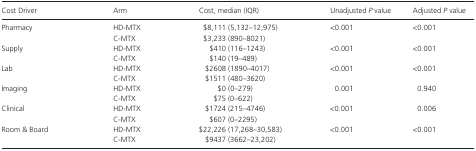
| Cost Driver | Arm | Cost, median (IQR) | Unadjusted P value | Adjusted P value |
 | --- | --- | --- | --- | --- |
 | <ROWSPAN=2> Pharmacy | HD‐MTX | $8,111 (5,132–12,975) | <ROWSPAN=2> <0.001 | <ROWSPAN=2> <0.001 |
 | C‐MTX | $3,233 (890–8021) |
 | <ROWSPAN=2> Supply | HD‐MTX | $410 (116–1243) | <ROWSPAN=2> <0.001 | <ROWSPAN=2> <0.001 |
 | C‐MTX | $140 (19–489) |
 | <ROWSPAN=2> Lab | HD‐MTX | $2608 (1890–4017) | <ROWSPAN=2> <0.001 | <ROWSPAN=2> <0.001 |
 | C‐MTX | $1511 (480–3620) |
 | <ROWSPAN=2> Imaging | HD‐MTX | $0 (0–279) | <ROWSPAN=2> 0.001 | <ROWSPAN=2> 0.940 |
 | C‐MTX | $75 (0–622) |
 | <ROWSPAN=2> Clinical | HD‐MTX | $1724 (215–4746) | <ROWSPAN=2> <0.001 | <ROWSPAN=2> 0.006 |
 | C‐MTX | $607 (0–2295) |
 | <ROWSPAN=2> Room & Board | HD‐MTX | $22,226 (17,268–30,583) | <ROWSPAN=2> <0.001 | <ROWSPAN=2> <0.001 |
 | C‐MTX | $9437 (3662–23,202) |